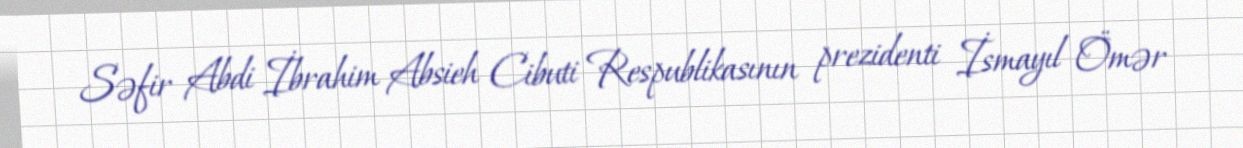
Səfir Abdi İbrahim Absieh Cibuti Respublikasının prezidenti İsmayıl Ömər